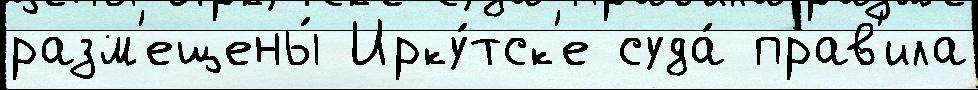
разм'ещены́ Ирку́тск'е суда́ прав'ила